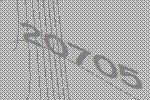
20705